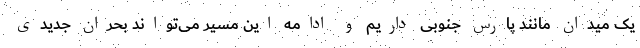
یک میدان مانند پارس جنوبی داریم و ادامه این مسیر می‌تواند بحران جدیدی